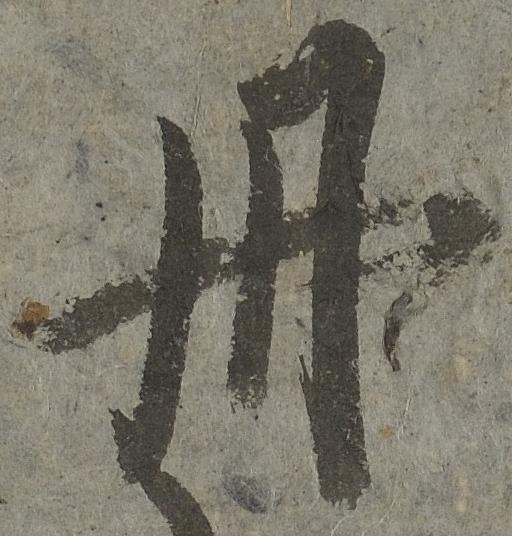
丹